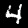
Digit: 4